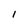
Character: 1